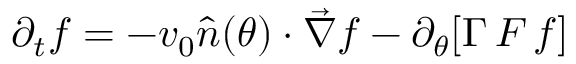
\partial _ { t } f = - v _ { 0 } \hat { n } ( \theta ) \cdot \vec { \nabla } f - \partial _ { \theta } [ \Gamma \, F \, f ]